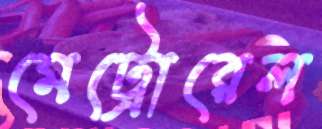
মেট্রোরেল